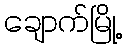
ချောက်မြို့